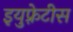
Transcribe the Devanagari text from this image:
इयुफ़्रेटीस